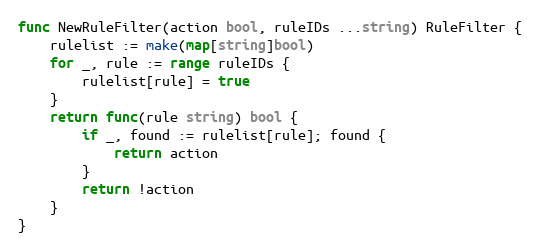
Language: Go
func NewRuleFilter(action bool, ruleIDs ...string) RuleFilter {
	rulelist := make(map[string]bool)
	for _, rule := range ruleIDs {
		rulelist[rule] = true
	}
	return func(rule string) bool {
		if _, found := rulelist[rule]; found {
			return action
		}
		return !action
	}
}